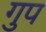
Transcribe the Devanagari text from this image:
गुप